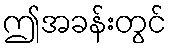
ဤအခန်းတွင်